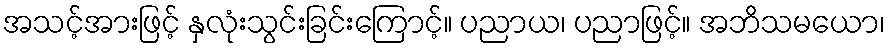
အသင့်အားဖြင့် နှလုံးသွင်းခြင်းကြောင့်။ ပညာယ၊ ပညာဖြင့်။ အဘိသမယော၊